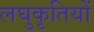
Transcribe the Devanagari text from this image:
लघुकृतियों